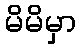
မိမိမှာ